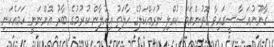
ގާނޫނުއަސާސީގައިވާ ގޮތުންނަމަ ކުއްލި ނުރައްކަލުގެ ހާލަތު އިއުލާން ކުރުމުގެ ބާރު އޮންނަނީ ހަމައެކަނި